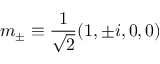
m _ { \pm } \equiv \frac { 1 } { \sqrt { 2 } } ( 1 , \pm i , 0 , 0 )